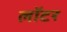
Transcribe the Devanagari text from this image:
लॉटर